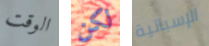
الوقت لكن الإسبانية